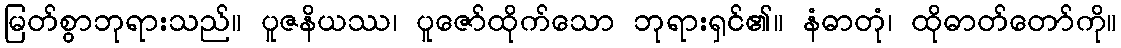
မြတ်စွာဘုရားသည်။ ပူဇနိယဿ၊ ပူဇော်ထိုက်သော ဘုရားရှင်၏။ နံဓာတုံ၊ ထိုဓာတ်တော်ကို။